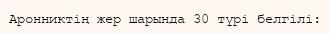
Аронниктің жер шарында 30 түрі белгілі: